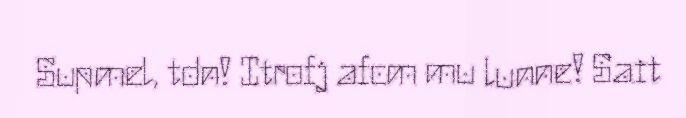
Supmel, tdn! Itrofj afcm mu lunne! Sait